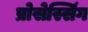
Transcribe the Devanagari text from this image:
प्रोसेस्सिंग